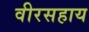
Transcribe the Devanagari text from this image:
वीरसहाय